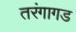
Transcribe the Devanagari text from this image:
तरंगागड